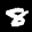
Digit: 8